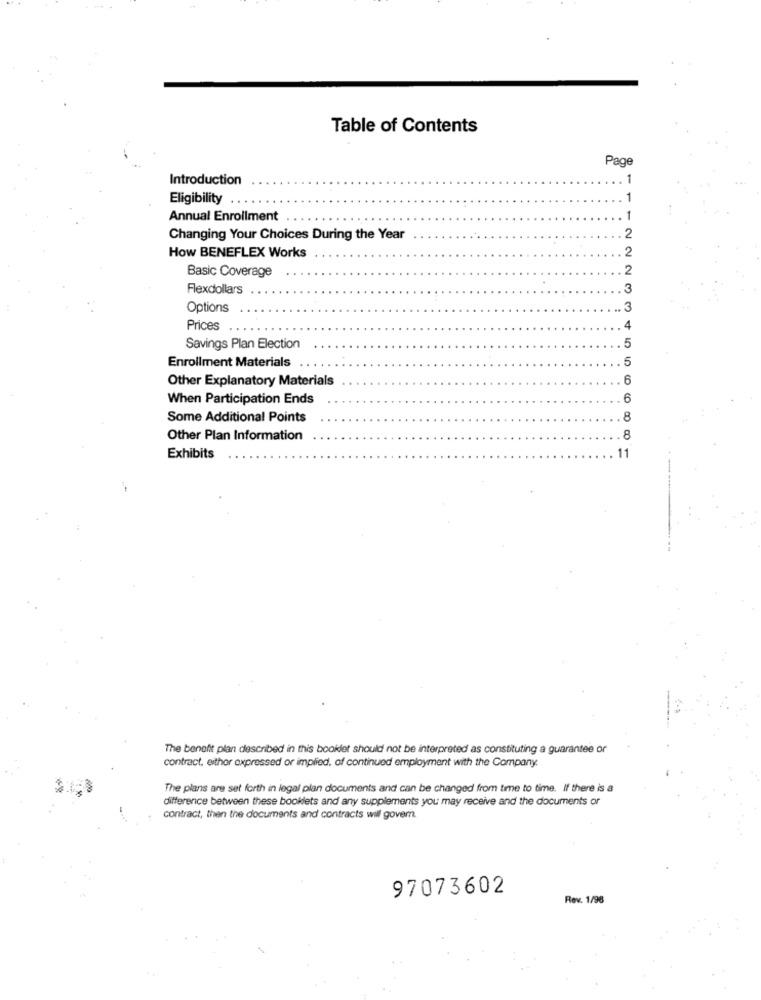
Table of Contents
Page
Introduction
Eligibility
... 1
Annual Enrollment
...
1
Changing Your Choices During the Year
2
2
How BENEFLEX Works
Basic Coverage
. . . 2
2
Flexdollars
... 3
Options
. .. 3
Prices
4
5
Savings Plan Election
. ..
Enrollment Materials
5
Other Explanatory Materials
6
When Participation Ends
6
Some Additional Points
8
Other Plan Information
Exhibits
. . 11
The benefit plan described in this booidet should not be interpreted as constituting a guarantee or
contract, eithor expressed or implied, of continued employment with the Company.
The plans are set forth in legal plan documents and can be changed from time to time. If there is a
difference between these booklets and any supplements you may receive and the documents or
contract, then the documents and contracts will govern.
97073602
Rev. 1/96